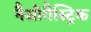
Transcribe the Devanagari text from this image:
नैसोगैस्ट्रिक